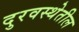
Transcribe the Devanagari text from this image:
दुरवस्थेतील